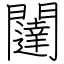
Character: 闥